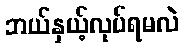
ဘယ်နှယ့်လုပ်ရမလဲ